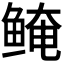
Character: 𬶖